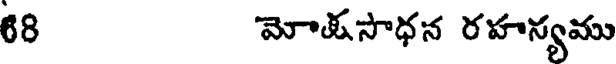
68 మోతసాధన రహన్యము